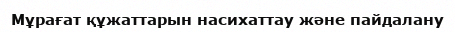
Мұрағат құжаттарын насихаттау және пайдалану